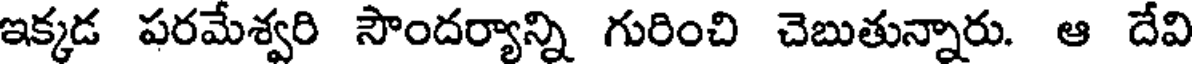
ఇక్కడ పరమేశ్వరి సౌందర్యాన్ని గురించి చెబుతున్నారు. ఆ దేవి